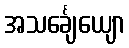
အသင်္ချေယျော